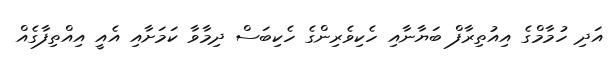
އަދި ހުމާމްގެ އިއުތިރާފް ބަޔާނާއި ހެކިވެރިންގެ ހެކިބަސް ދިމާވާ ކަމަށާއި އެއީ އިއްތިފާގެއް